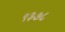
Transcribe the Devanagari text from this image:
९३७८